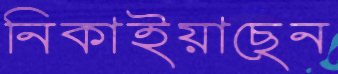
নিকাইয়াছেন